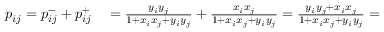
\begin{array} { r l } { p _ { i j } = p _ { i j } ^ { - } + p _ { i j } ^ { + } } & { { } = \frac { y _ { i } y _ { j } } { 1 + x _ { i } x _ { j } + y _ { i } y _ { j } } + \frac { x _ { i } x _ { j } } { 1 + x _ { i } x _ { j } + y _ { i } y _ { j } } = \frac { y _ { i } y _ { j } + x _ { i } x _ { j } } { 1 + x _ { i } x _ { j } + y _ { i } y _ { j } } = } \end{array}